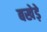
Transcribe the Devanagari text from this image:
बखेड़े